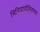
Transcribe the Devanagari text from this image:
मिनियापोलिसच्या